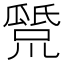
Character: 𤬕